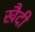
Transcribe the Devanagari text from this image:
खैदी